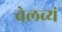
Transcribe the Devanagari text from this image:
वेलव्यं